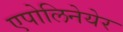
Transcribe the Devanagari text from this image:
एपोलिनेयेर